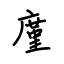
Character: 廑